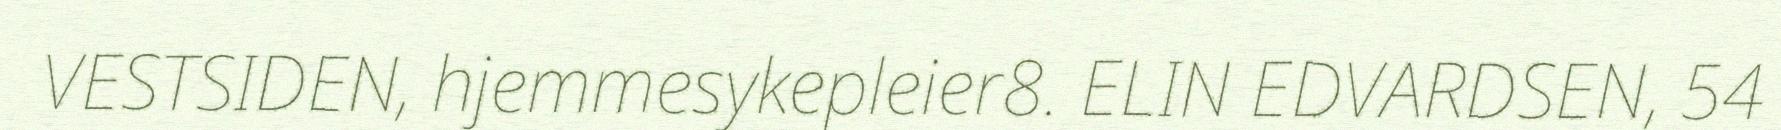
VESTSIDEN, hjemmesykepleier8. ELIN EDVARDSEN, 54